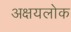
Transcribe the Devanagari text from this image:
अक्षयलोक